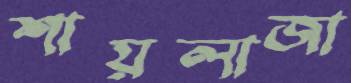
শায়লাজা